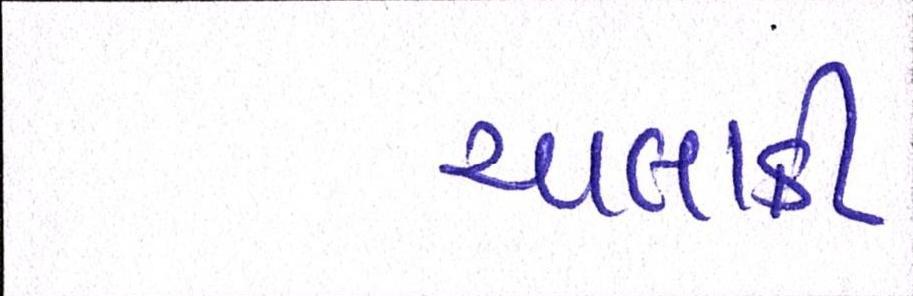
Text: ચાલાકી